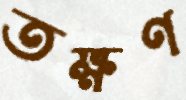
তক্ষণ